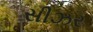
સીઝર